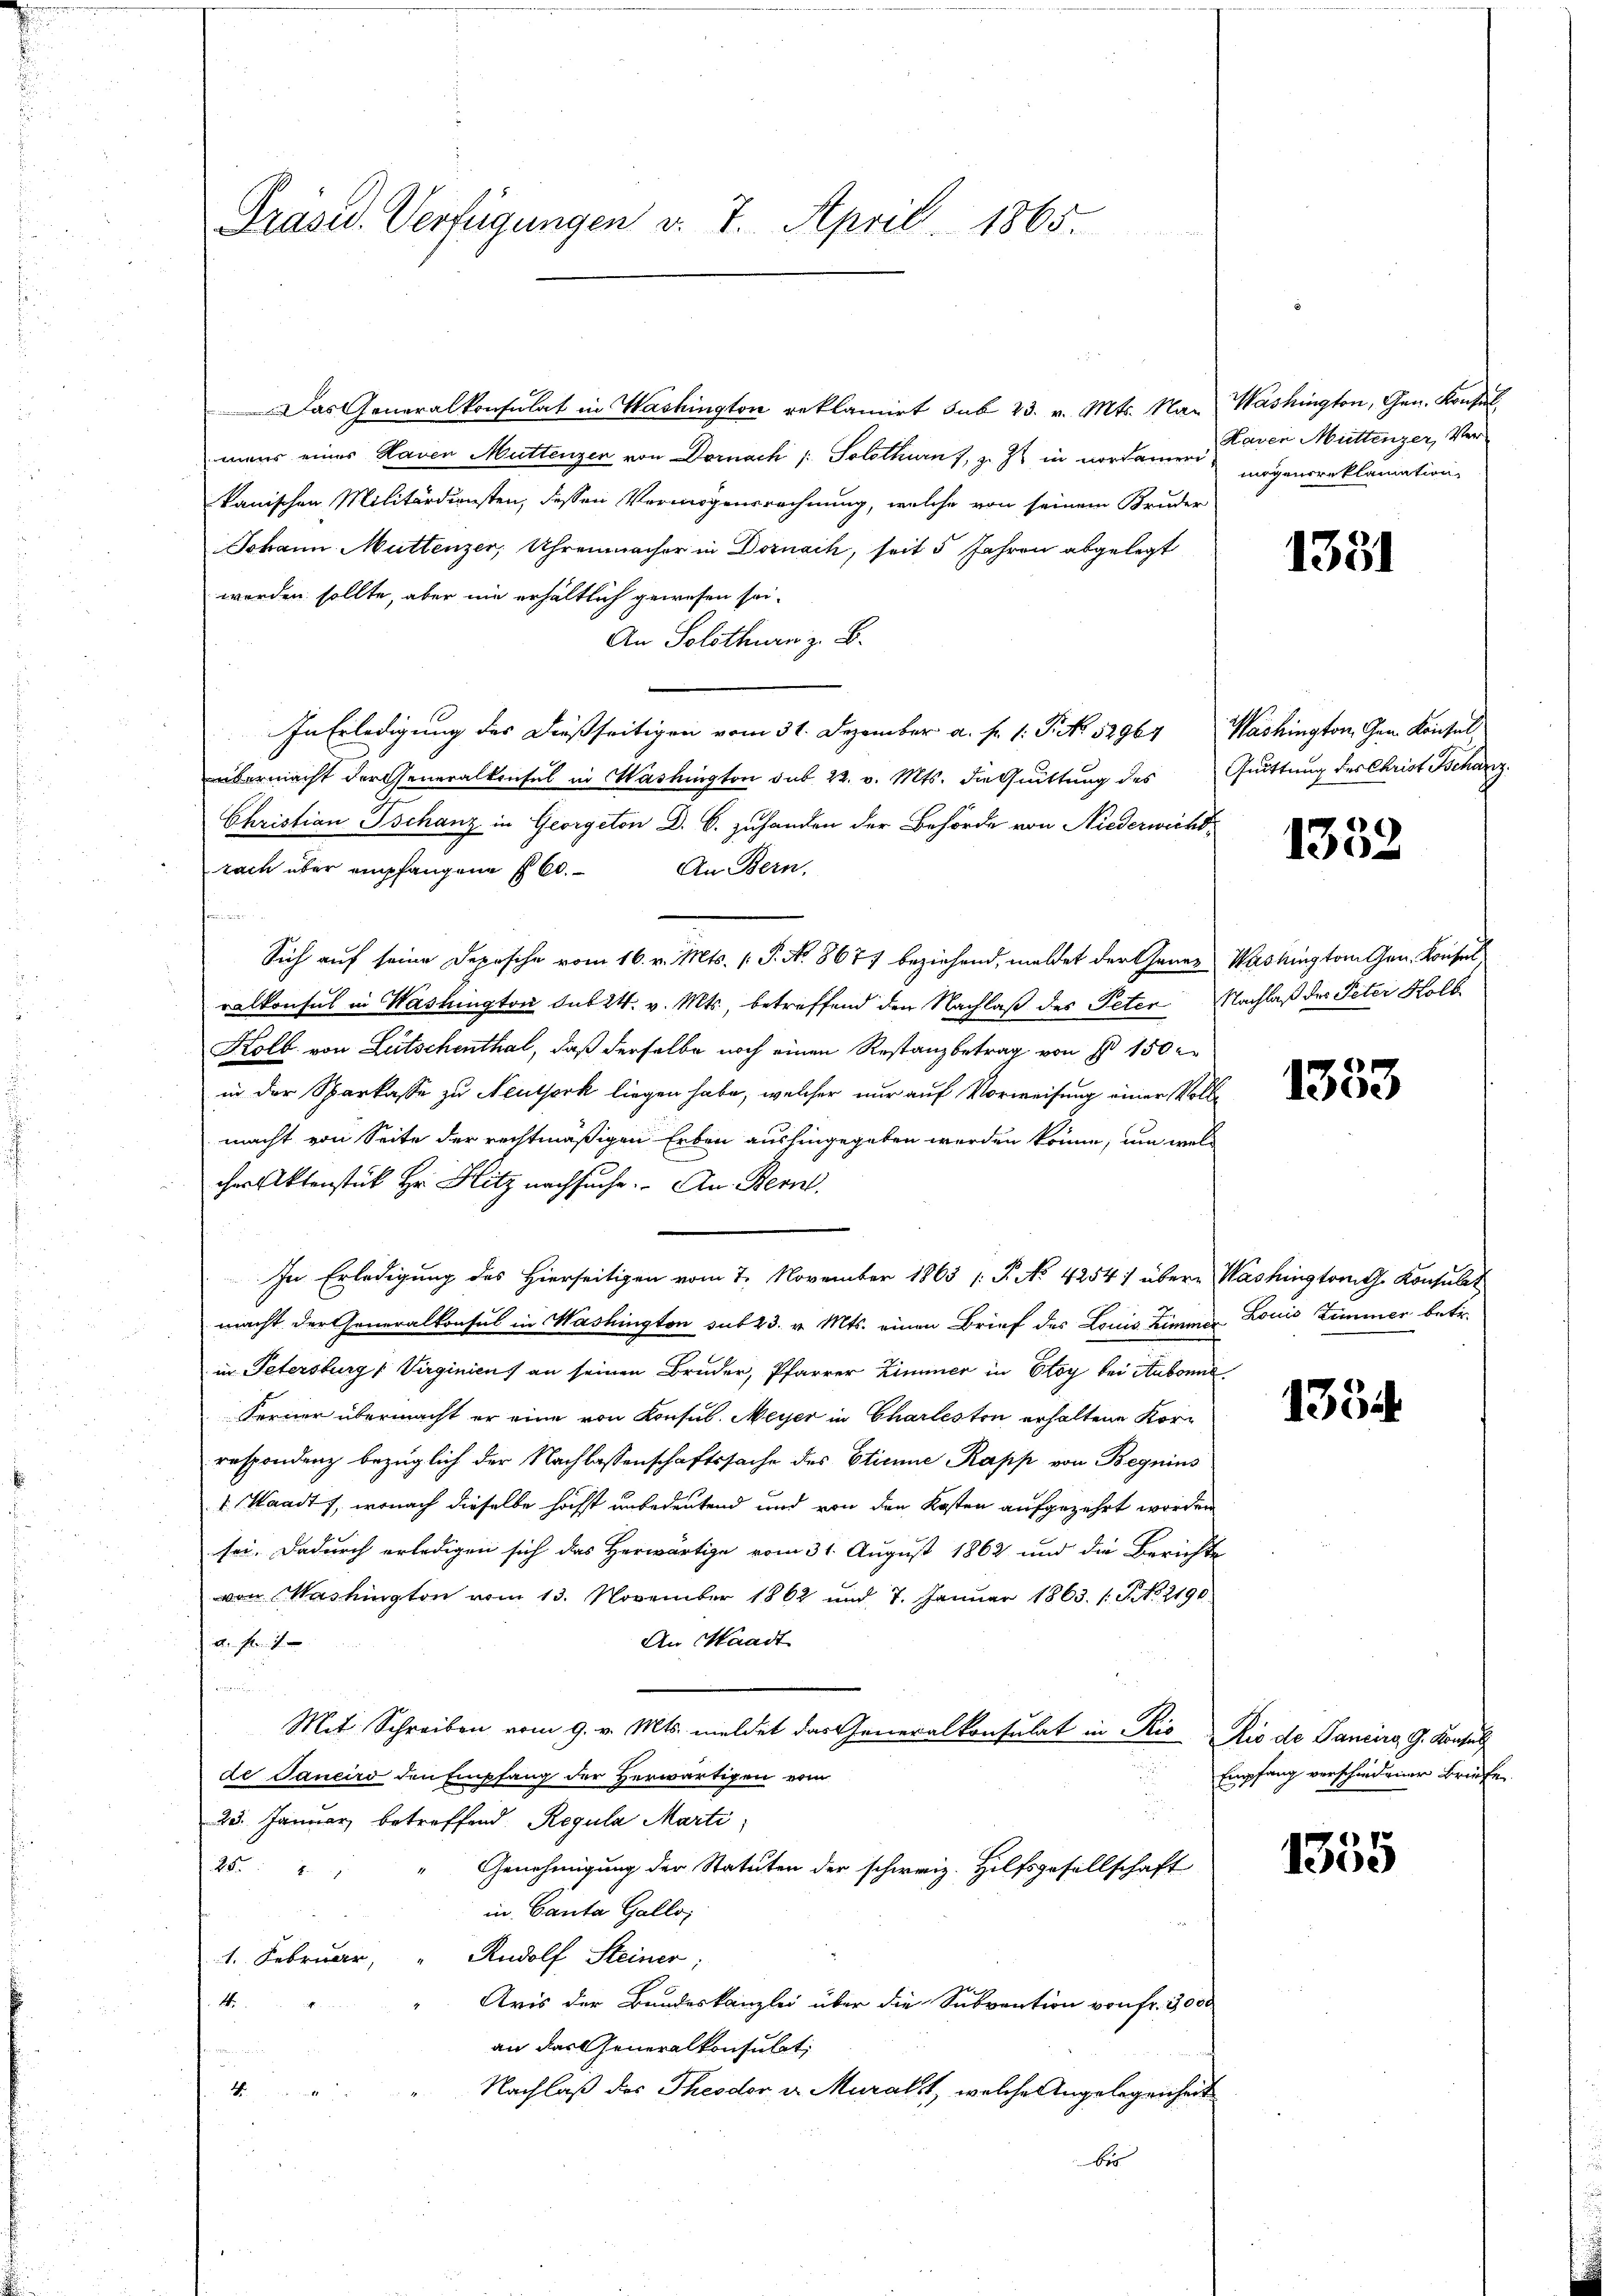
Das Generalkonsulat in Washington reklamirt sub 23. v. Mts. Nan Washington, Gen. Konsul
mans eines Haven Muttenzen von Dornach /: Solothurn, z. Z. in nordamen Kaven Muttenzer, Verkanischen Militärdiensten, dessen Vermögensrechnung, welche von seinem Bruder
Johann Muttenzer, Uhrenmacher in Dornach, seit 5 Jahren abgelegt
werden sollte, aber nie erhältlich gewesen sei.
An Solothurn z. B.
In Erledigung des dießseitigen vom 31. Dezember a. f. 1: P. No 52964
übermacht der Generalkonsul in Washington sub 22. v. Mts. die Quittung des
Christian Tschanz in Georgeton D. C. zuhanden der Behörde von Niederwicht,
rach über empfangene § 60. An Bern.
omman
Sich auf seine Deposche vom 16. v. Mts. (T. No 8677 beziehend, meldet der Generalkonsul in Washington sub 24. v. Mts., betreffend den Nachlaß des Peter Nachlaß des Peter Holb
Kolb. von Lütschenthal, daß derselbe noch einen Restanzbetrag von § 150 r
in der Sparkasse zu Neuthork liegen habe, welcher nur auf Vorweisung einer Vollemacht von Seite der rechtmäßigen Erben aushingegeben werden könne, um welcher Aktenstück Hr. Hitz nachsuche. An Bern.
In Erledigung des Hierseitigen vom 7. November 1863 /: P. No 4254/ übere Washington G. Konsulat
macht der Generalkonsul in Washington sub 23. v. Mts. einen Brief des Louis Zimmer Louis Zimmer betr.
in Petersburg Virginien an seinen Bruder, Pfarrer Zimmer in Eloy bei Aubonne
Ferner übermacht er eine von Konsul. Meyer in Charleston erhaltene Kor-
respondenz bezüglich der Nachlassenschaftssache des Etienne Rapp von Begnius
1. Waadt, wonach dieselbe höchst unbedeutend und von den Kosten aufgezehrt worden
sei. Dadurch erledigen sich das Herwärtige vom 31. August 1862 und die Berichte
von Washington vom 13. November 1862 und 7. Januar 1863. /: P. No. 2190
An Waadt
a. f. 7
f worden.
Mit Schreiben vom 9. v. Mts. meldet das Generalkonsulat in Rio Rio de Sancirs, G. Konsuls
de Janeiro den Empfang der Herwärtigen vom
23. Januar betreffend. Regula Marti
Genehmigung der Statuten der schweiz. Hilfsgesellschaft
25. 21
in Canta Gallor
Rudolf Steiner:
1. Februar,
Aris der Bundeskanzlei über die Subvention von fr. 3000
4.
an das Generalkonsulat,
Nachlaß des Theodor v. Muralt, welche Angelegenheit
4.
bes

Präsid. Verfügungen v. 7. April 1865.

mögensreklamation

1381

Washington Gen. Kaisel
Quittung des Christ Schanz.

1332

Washington Gen. Konsul

1353

1354.

Empfang verschiedener Briefe

1335